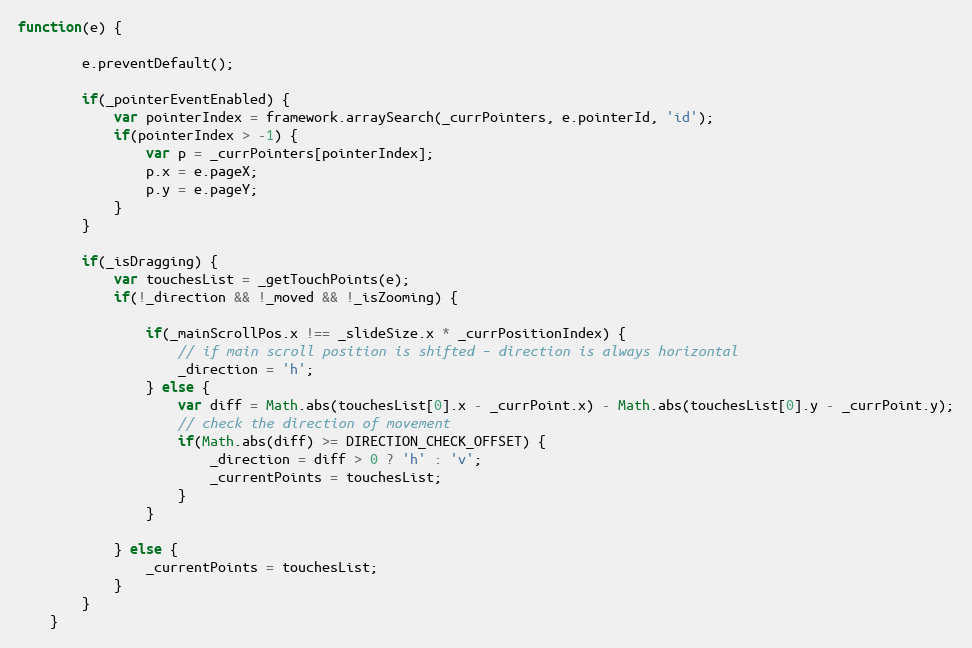
Language: JavaScript
function(e) {

		e.preventDefault();

		if(_pointerEventEnabled) {
			var pointerIndex = framework.arraySearch(_currPointers, e.pointerId, 'id');
			if(pointerIndex > -1) {
				var p = _currPointers[pointerIndex];
				p.x = e.pageX;
				p.y = e.pageY;
			}
		}

		if(_isDragging) {
			var touchesList = _getTouchPoints(e);
			if(!_direction && !_moved && !_isZooming) {

				if(_mainScrollPos.x !== _slideSize.x * _currPositionIndex) {
					// if main scroll position is shifted – direction is always horizontal
					_direction = 'h';
				} else {
					var diff = Math.abs(touchesList[0].x - _currPoint.x) - Math.abs(touchesList[0].y - _currPoint.y);
					// check the direction of movement
					if(Math.abs(diff) >= DIRECTION_CHECK_OFFSET) {
						_direction = diff > 0 ? 'h' : 'v';
						_currentPoints = touchesList;
					}
				}

			} else {
				_currentPoints = touchesList;
			}
		}
	}